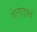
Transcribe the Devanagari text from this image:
वेलोड्रमों